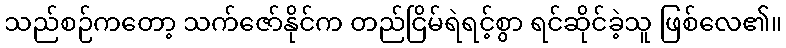
သည်စဉ်ကတော့ သက်ဇော်နိုင်က တည်ငြိမ်ရဲရင့်စွာ ရင်ဆိုင်ခဲ့သူ ဖြစ်လေ၏။